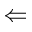
\Leftarrow